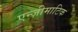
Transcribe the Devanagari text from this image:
एन्ज़ीमाटिक